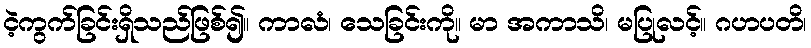
ငဲ့ကွက်ခြင်းရှိသည်ဖြစ်၍။ ကာလံ၊ သေခြင်းကို။ မာ အကာသိ၊ မပြုလင့်။ ဂဟပတိ၊